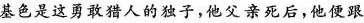
基色是这勇敢猎人的独子，他父亲死后，他便跟